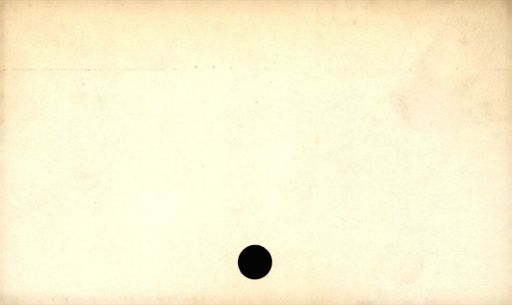
Label: divider